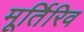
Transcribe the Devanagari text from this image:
मूर्तिरिव